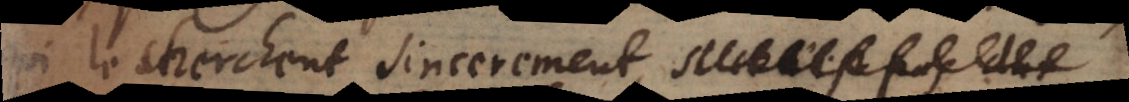
qui le cherchent sincerement,